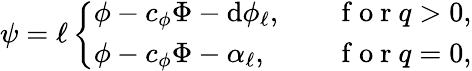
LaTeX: \psi=\ell\left\{ \begin{array}{ll}{\phi-c_{\phi}\Phi-\mathrm{d}\phi_{\ell},}&{\quad\mathrm{~f~o~r~}q>0,}\\ {\phi-c_{\phi}\Phi-\alpha_{\ell},}&{\quad\mathrm{~f~o~r~}q=0,}\end{array}\right.